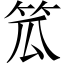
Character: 笟